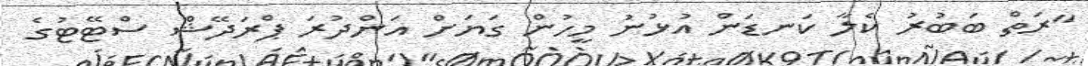
"ރަތް ބަބުރު ކެލާ ކަނޑަން އުޅުނު މީހުން ގަޔަށް އަންދުރަ ޕްރަދޭޝް ސްޓޭޓުގެ